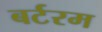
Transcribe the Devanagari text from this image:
बर्टरम